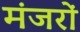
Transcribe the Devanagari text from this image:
मंजरों